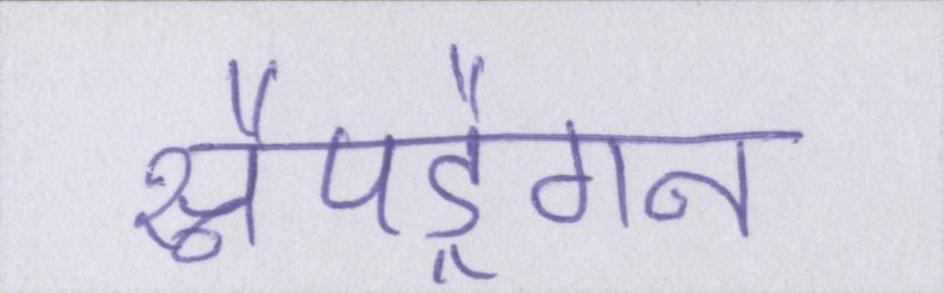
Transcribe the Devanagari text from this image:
स्नैपड्रैगन